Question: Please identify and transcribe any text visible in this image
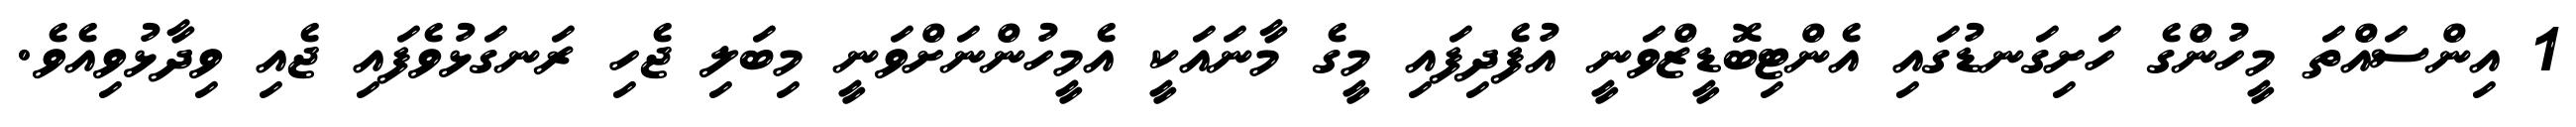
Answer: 1 އިންސައްތަ މީހުންގެ ހަށިގަނޑުގައި އެންޓިބޮޑީޒްވަނީ އުފެދިފައި މީގެ މާނައަކީ އެމީހުންނަށްވަނީ މިބަލި ޖެހި ރަނގަޅުވެފައި ޖެއި ވިދާޅުވިއެވެ.